Report on vaccination in Madras 1877-1894 - 1877-1894
Year: 1877
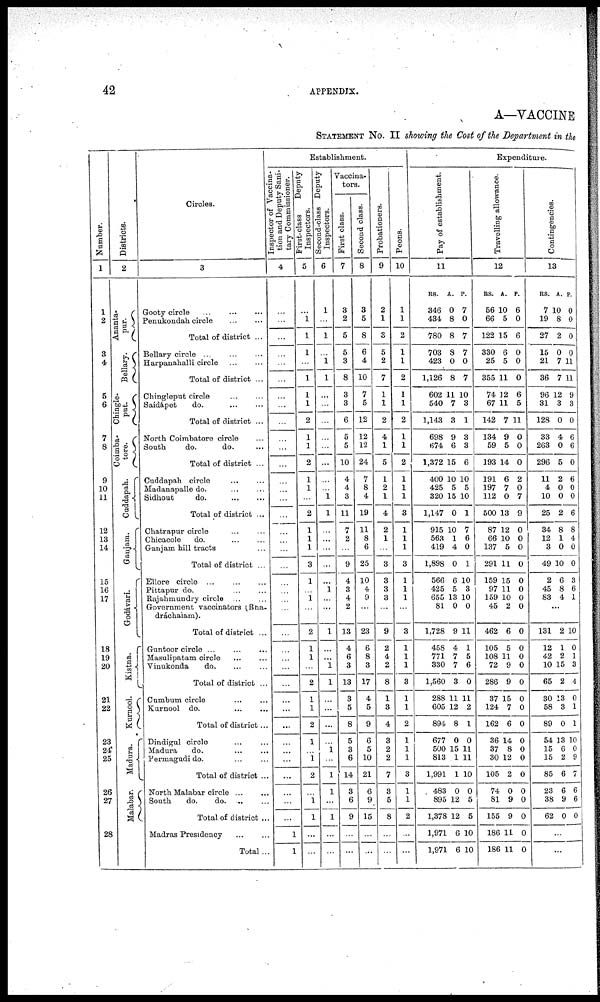
42
APPENDIX.
A—VACCINE
STATEMENT No. II showing the Cost of the Department in the
Number.
1
1
2
3
4
5
6
7
8
9
10
11
12
13
14
15
16
17
18
19
20
21
22
23
24
25
26
27
28
Districts.
2
Ananta-
pur.
Bellary.
Chingle-
put.
Coimba-
tore.
Cuddapah.
Gaujam.
Godávari.
Kistna.
Kurnool.
Madura.
Malabar.
Circles.
3
Gooty circle
...
...
...
Penukondah circle
...
...
Total of district ...
Bellary circle
...
...
...
Harpanahalli circle
...
...
Total of district ...
Chingleput circle
...
...
Saidápet
do.
...
...
Total of district ...
North Coimbatore circle ...
South
do.
do. ...
Total of district ...
Cuddapah circle
...
...
Madanapalle do. ... ...
Sidhout
do.
...
...
Total of district ...
Chatrapur circle ... ...
Chicacole
do.
...
...
Gaujam hill tracts ... ...
Total of district ...
Ellore circle ... ... ...
Pittapur do. ... ...
Rajahmundry circle ... ...
Government vaccinators (Bha-
dráchalam).
Total of district ...
Guntoor circle
...
...
...
Masulipatam circle ... ...
Vinukonda
do. ... ...
Total of district ...
Cumbum circle ... ...
Kurnool do.
...
...
Total of district ...
Dindigul circle ... ...
Madura
do. ... ...
Permagudi do. ... ...
Total of district ...
North Malabar circle
...
...
South
do.
do.
...
...
Total of district ...
Madras Presidency
...
...
Total...
Establishment.
Inspector of Vaccina-
tion and Deputy Sani-
tary Commissioner.
4
...
...
...
...
...
...
...
...
...
...
...
...
...
...
...
...
...
...
...
...
...
...
...
...
...
...
...
...
...
...
...
...
...
...
...
...
...
...
...
1
1
First-class
Deputy
Inspectors.
5
...
1
1
1
...
1
1
1
2
1
1
2
1
1
...
2
1
1
1
3
1
...
1
...
2
1
1
...
2
1
1
2
1
...
1
2
...
1
1
...
...
Second-class Deputy
Inspectors.
6
1
...
1
...
1
1
...
...
...
...
...
...
...
...
1
1
...
...
...
...
...
1
...
...
1
...
...
1
1
...
...
...
...
1
...
1
1
...
1
...
...
Vaccina-
tors.
First class.
7
3
2
5
5
3
8
3
3
6
5
5
10
4
4
3
11
7
2
...
9
4
3
4
2
13
4
6
3
13
3
5
8
5
3
6
14
3
6
9
...
...
Second class.
8
3
5
8
6
4
10
7
5
12
12
12
24
7
8
4
19
11
8
6
25
10
4
9
...
23
6
8
3
17
4
5
9
6
5
10
21
6
9
15
...
...
Probationers.
9
2
1
3
5
2
7
1
1
2
4
1
5
1
2
1
4
2
1
...
3
3
3
3
...
9
2
4
2
8
1
3
4
3
2
2
7
3
5
8
...
...
Peons.
10
1
1
2
1
1
2
1
1
2
1
1
2
1
1
1
3
1
1
1
3
1
1
1
...
3
1
1
1
3
1
1
2
1
1
1
3
1
1
2
...
...
Expenditure.
Pay of establishment.
11
Rs.
346
434
780
703
423
1,126
602
540
1,143
698
674
1,372
400
425
320
1,147
915
563
419
1,898
566
425
655
81
1,728
458
771
330
1,560
288
605
894
677
500
813
1,991
483
895
1,378
1,971
1,971
A.
0
8
8
8
0
8
11
7
3
9
6
15
10
5
15
0
10
1
4
0
6
5
13
0
9
4
7
7
3
11
12
8
0
15
1
1
0
12
12
6
6
P.
7
0
7
7
0
7
10
3
1
3
3
6
10
5
10
1
7
6
0
1
10
3
10
0
11
1
5
6
0
11
2
1
0
11
11
10
0
5
5
10
10
Travelling allowance.
12
Rs.
56
66
122
330
25
355
74
67
142
134
59
193
191
197
112
500
87
66
137
291
159
97
159
45
462
105
108
72
286
37
124
162
36
37
30
105
74
81
155
186
186
A.
10
5
15
6
5
11
12
11
7
9
5
14
6
7
0
13
12
10
5
11
15
11
10
2
6
5
11
9
9
15
7
6
14
8
12
2
0
9
9
11
11
P.
6
0
6
0
0
0
6
5
11
0
0
0
2
0
7
9
0
0
0
0
0
0
0
0
0
0
0
0
0
0
0
0
0
0
0
0
0
0
0
0
0
Contingencies.
13
Rs.
7
19
27
15
21
36
96
31
128
33
263
296
11
4
10
25
34
12
3
49
2
45
83
A.
10
8
2
0
7
7
12
3
0
4
0
5
2
0
0
2
8
1
0
10
6
8
4
P.
0
0
0
0
11
11
9
3
0
6
6
0
6
0
0
6
8
4
0
0
3
6
1
...
131
12
42
10
65
30
58
89
54
15
15
85
23
38
62
2
1
2
15
2
13
3
0
13
6
2
6
6
9
0
10
0
1
3
4
0
1
1
10
0
9
7
6
6
0
...
...